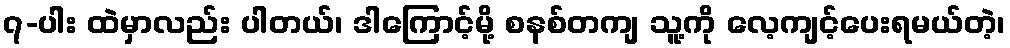
၇-ပါး ထဲမှာလည်း ပါတယ်၊ ဒါကြောင့်မို့ စနစ်တကျ သူ့ကို လေ့ကျင့်ပေးရမယ်တဲ့၊